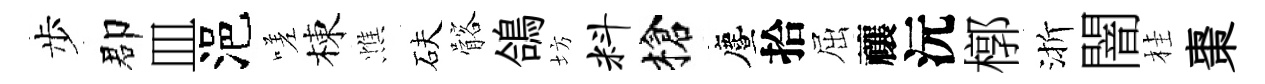
步郡皿浥嗟棟憔砆髂鴿坊料槍󵨌拾屈禳沅槨渐闇桂棗